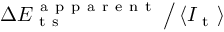
\Delta E _ { \mathrm { ~ t ~ s ~ } } ^ { \mathrm { ~ a ~ p ~ p ~ a ~ r ~ e ~ n ~ t ~ } } \, \big / \, \langle I _ { \mathrm { ~ t ~ } } \rangle